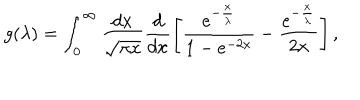
LaTeX: g ( \lambda ) = \int _ { 0 } ^ { \infty } \frac { d x } { \sqrt { \pi x } } \frac { d } { d x } \left[ \frac { e ^ { - \frac { x } { \lambda } } } { 1 - e ^ { - 2 x } } - \frac { e ^ { - \frac { x } { \lambda } } } { 2 x } \right] ,